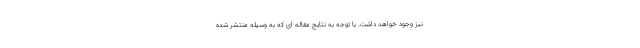
نیز وجود خواهد داشت. با توجه به نتایج مقاله ای که به وسیله منتشر شده